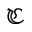
\mathfrak { C }